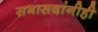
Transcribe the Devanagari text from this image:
सभासदांनीही